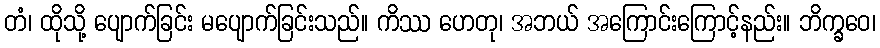
တံ၊ ထိုသို့ ပျောက်ခြင်း မပျောက်ခြင်းသည်။ ကိဿ ဟေတု၊ အဘယ် အကြောင်းကြောင့်နည်း။ ဘိက္ခဝေ၊